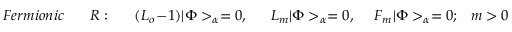
F e r m i o n i c ~ ~ ~ ~ ~ ~ ~ R : ~ ~ ~ ~ ~ ~ ( L _ { o } - 1 ) | \Phi > _ { \alpha } = 0 , ~ ~ ~ ~ ~ ~ L _ { m } | \Phi > _ { \alpha } = 0 , ~ ~ ~ ~ ~ F _ { m } | \Phi > _ { \alpha } = 0 ; ~ ~ ~ m > 0